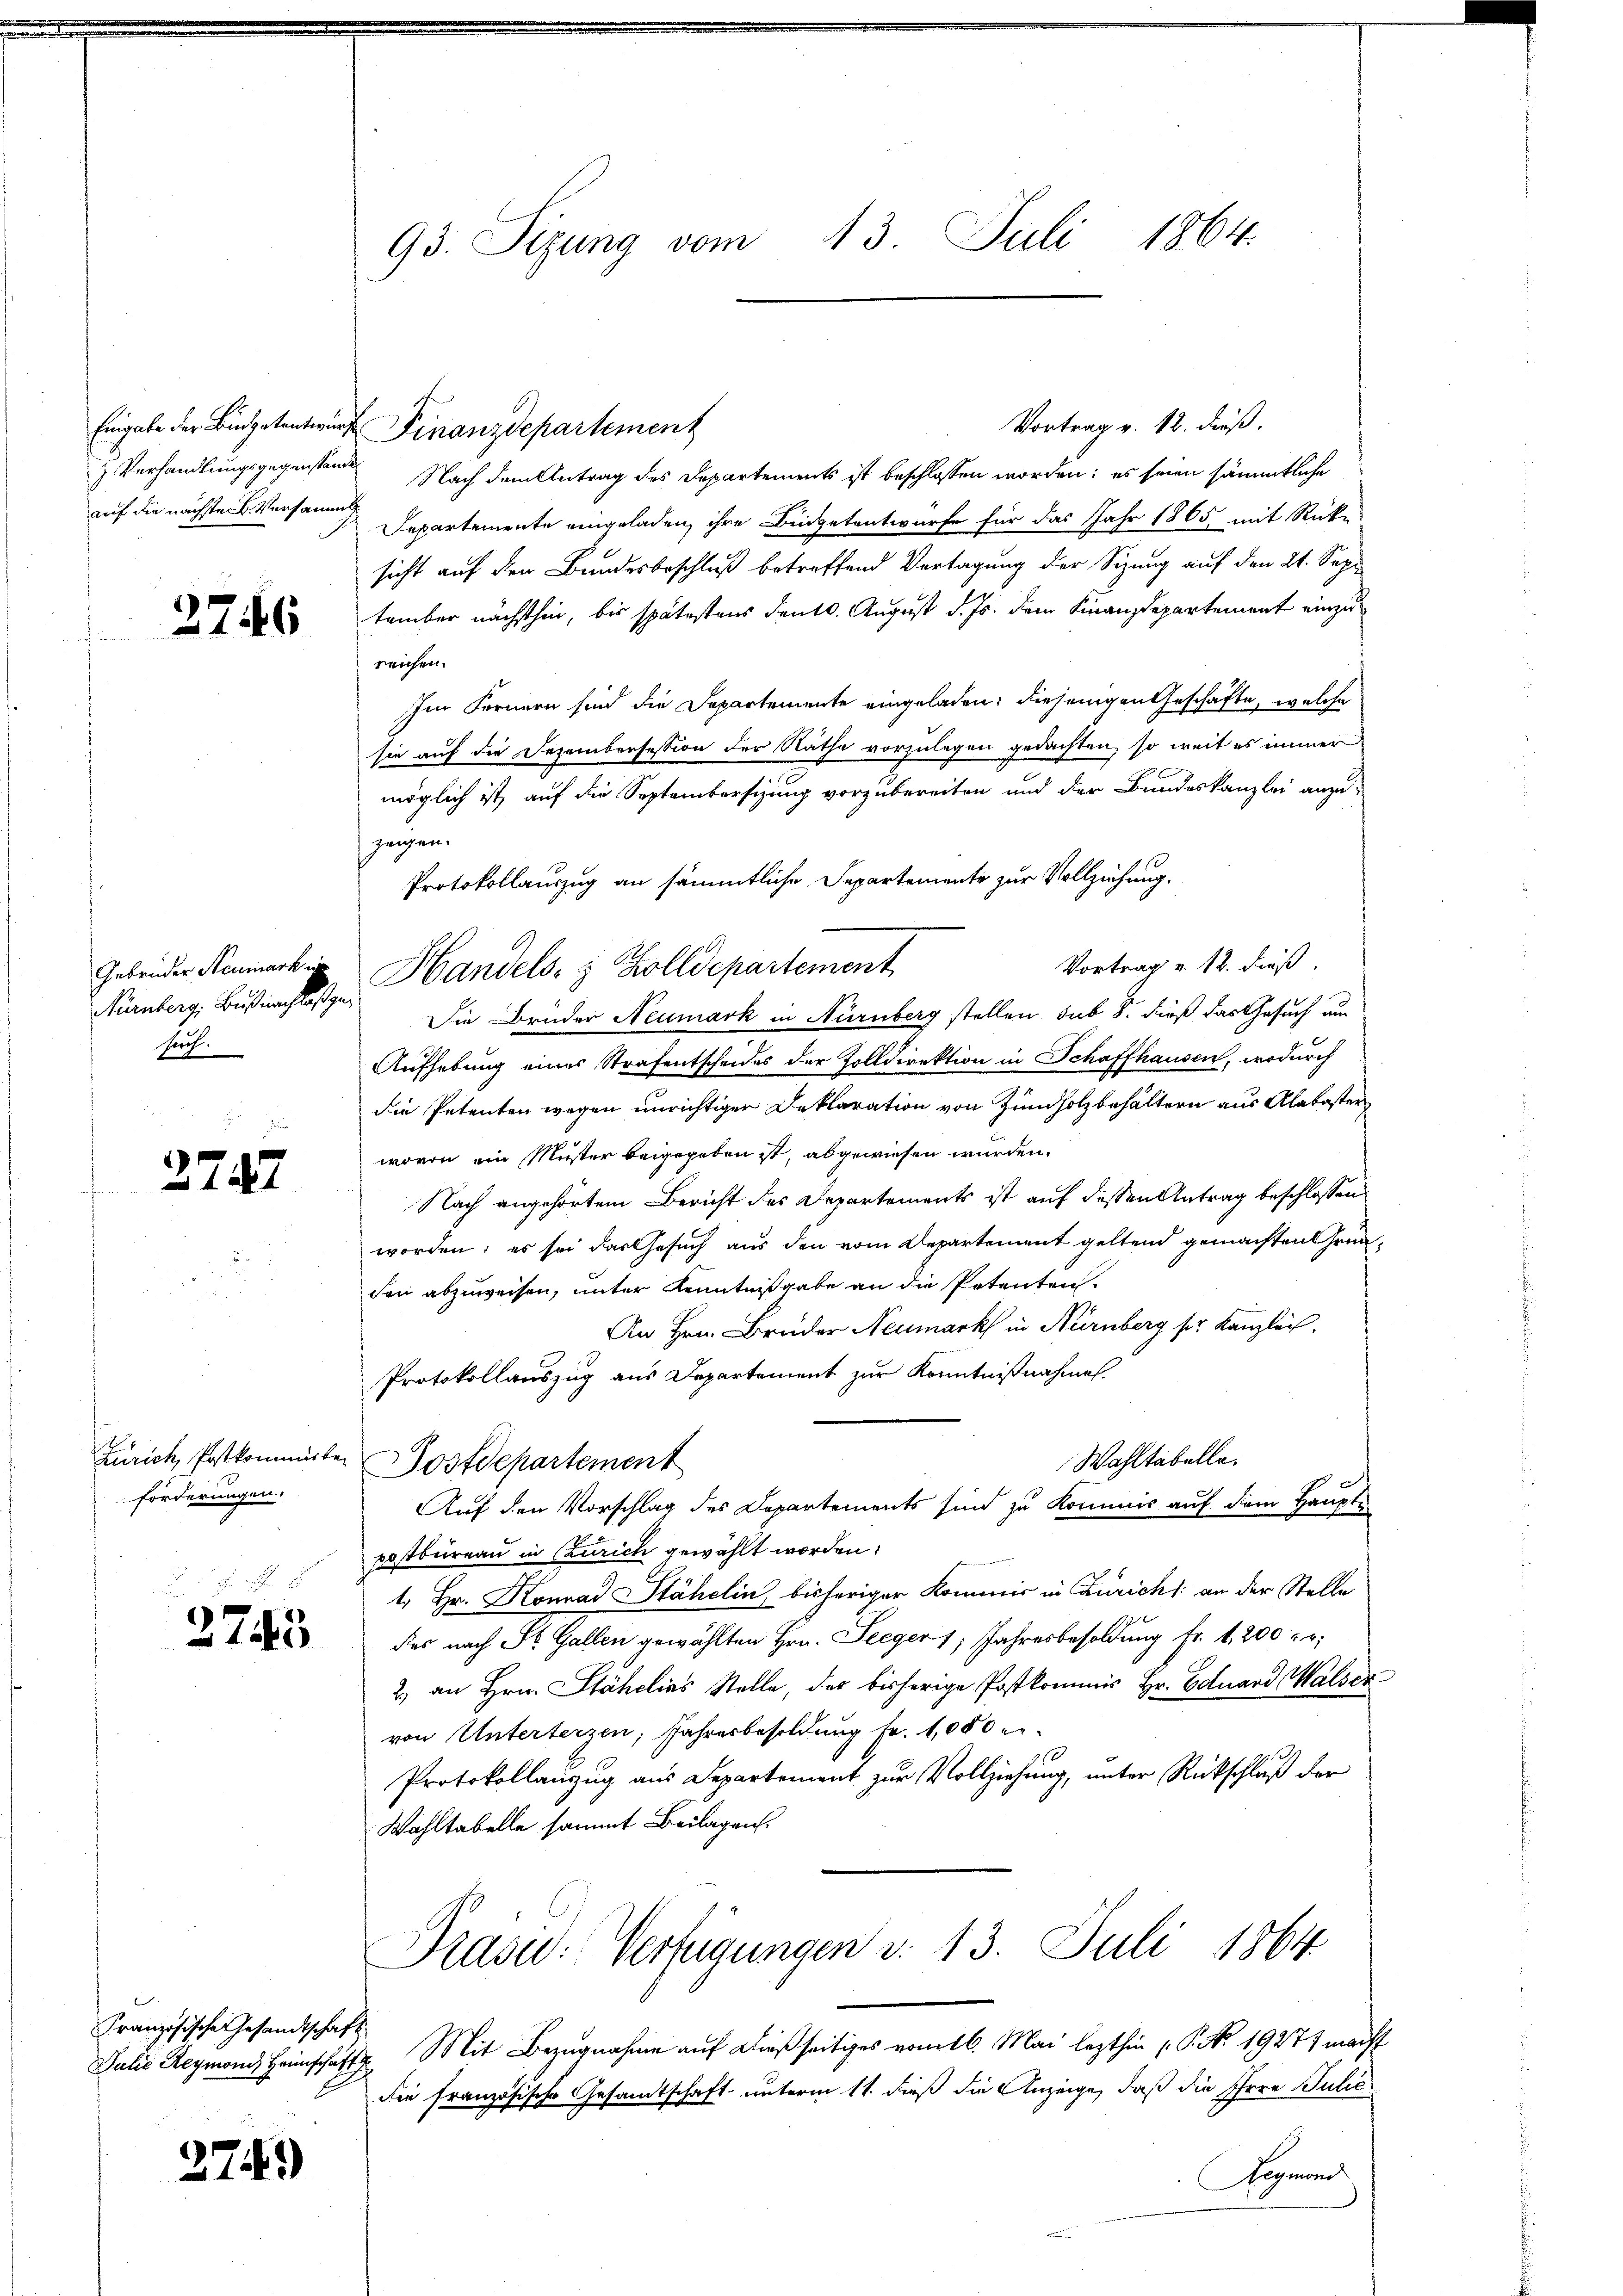
Eingabe der Budgetentwir¬
J. Verhandlungsgegenstan
auf die nächstens Versaum

3746

Gebrüder Neumark im
soch.

2747

Zürich, Postkommitte
forderungen.

2743

Französische Gesandtschaft
Julii Reymonds Heimschaft

274)

93. Sizung vom 13. Juli 1864.

Kanberg bis als Handels. z. Zolldepartement

Vortrag v. 12. dieß.
Finanzdepartement
Nach dem Antrag des Departements ist beschlossen worden; es seien sämmtliche
Separtemente eingeladen, ihre Büdgetentwurfe für das Jahr 1865 mit Rücke
sicht auf den Bundesbeschluß betreffend Vertagung der Sizung auf den 21. Sep.
tember nächsthin, bis spätestens deutl. August d. Js. dem Finanzdepartement einzureichen.
Im Fernern sind die Departemente eingeladen; diejenigen Geschäfte, welche
sie auf die Dezembersession der Räthe vorzulegen gedachten, so weit es immer
möglich ist, auf die Septembersizung vorzubereiten und der Bundeskanzlei anzu-
seigen.
Protokollauszug an sämmtliche Departemente zur Vollziehung.
Vortrag v. 12. dieß
Die Bruder Neumark in Nürnberg stellen sub 8. dieß das Gesuch am
Aufhebung eines Strafentscheides der Zolldirektion in Schaffhausen, wodurch
die Petenten wegen unrichtiger Deklaration von Zündholz behältern aus Alabaster
wovon ein Muster beigegeben ist, abgewiesen wurden.
Nach angehörtem Bericht des Departements ist auf dessen Antrag beschlossen
worden; es sei das Gesuch aus den vom Departement geltend gemachten Gründen abzuweisen, unter Kenntnißgabe an die Petenten.
An Hrn. Brüder Neumark in Nürnberg ser Kanzlich.
Protokollauszug aus Departement zur Kenntnißnahmen.
Wahltabelle.
Dostdepartement
Auf den Vorschlag des Departements sind zu kommis auf dem Haupti
postbureau in Zürich gewählt worden.
1. Hr. Konrad Stähelin bisheriger Kommis in Zürich: an der Stelle
des nach St. Gallen gewählten Hrn. Seeger 1, Jahresbesoldung fr. 1. 200 Fr.
2) an Hrn. Stähelias Stelle, das bisherige Postkommis Hr. Eduard Walser
von Unterterzen, Jahresbesoldung fr. 1,000 er¬
Protokollanzug aus Departement zur Vollziehung, unter Rückschluß der
Wahltabelle sammt Beilagen.
Prasid: Verfügungen d. 13. Juli 1864.

Mit Bezugnahme auf dießseitiges vom 16. Mai lezthin (P. Nr. 19277 macht
Die französische Gesandtschaft unterm 11. dieß die Anzeige, daß die Ihren Julie
Hogenand